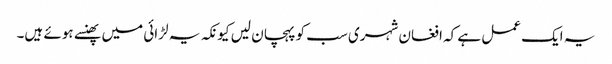
یہ ایک عمل ہے کہ افغان شہری سب کو پہچان لیں کیونکہ یہ لڑائی میں پھنسے ہوئے ہیں۔